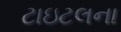
ટાઇટલના